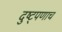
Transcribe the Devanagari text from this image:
दुष्ट्पणाच